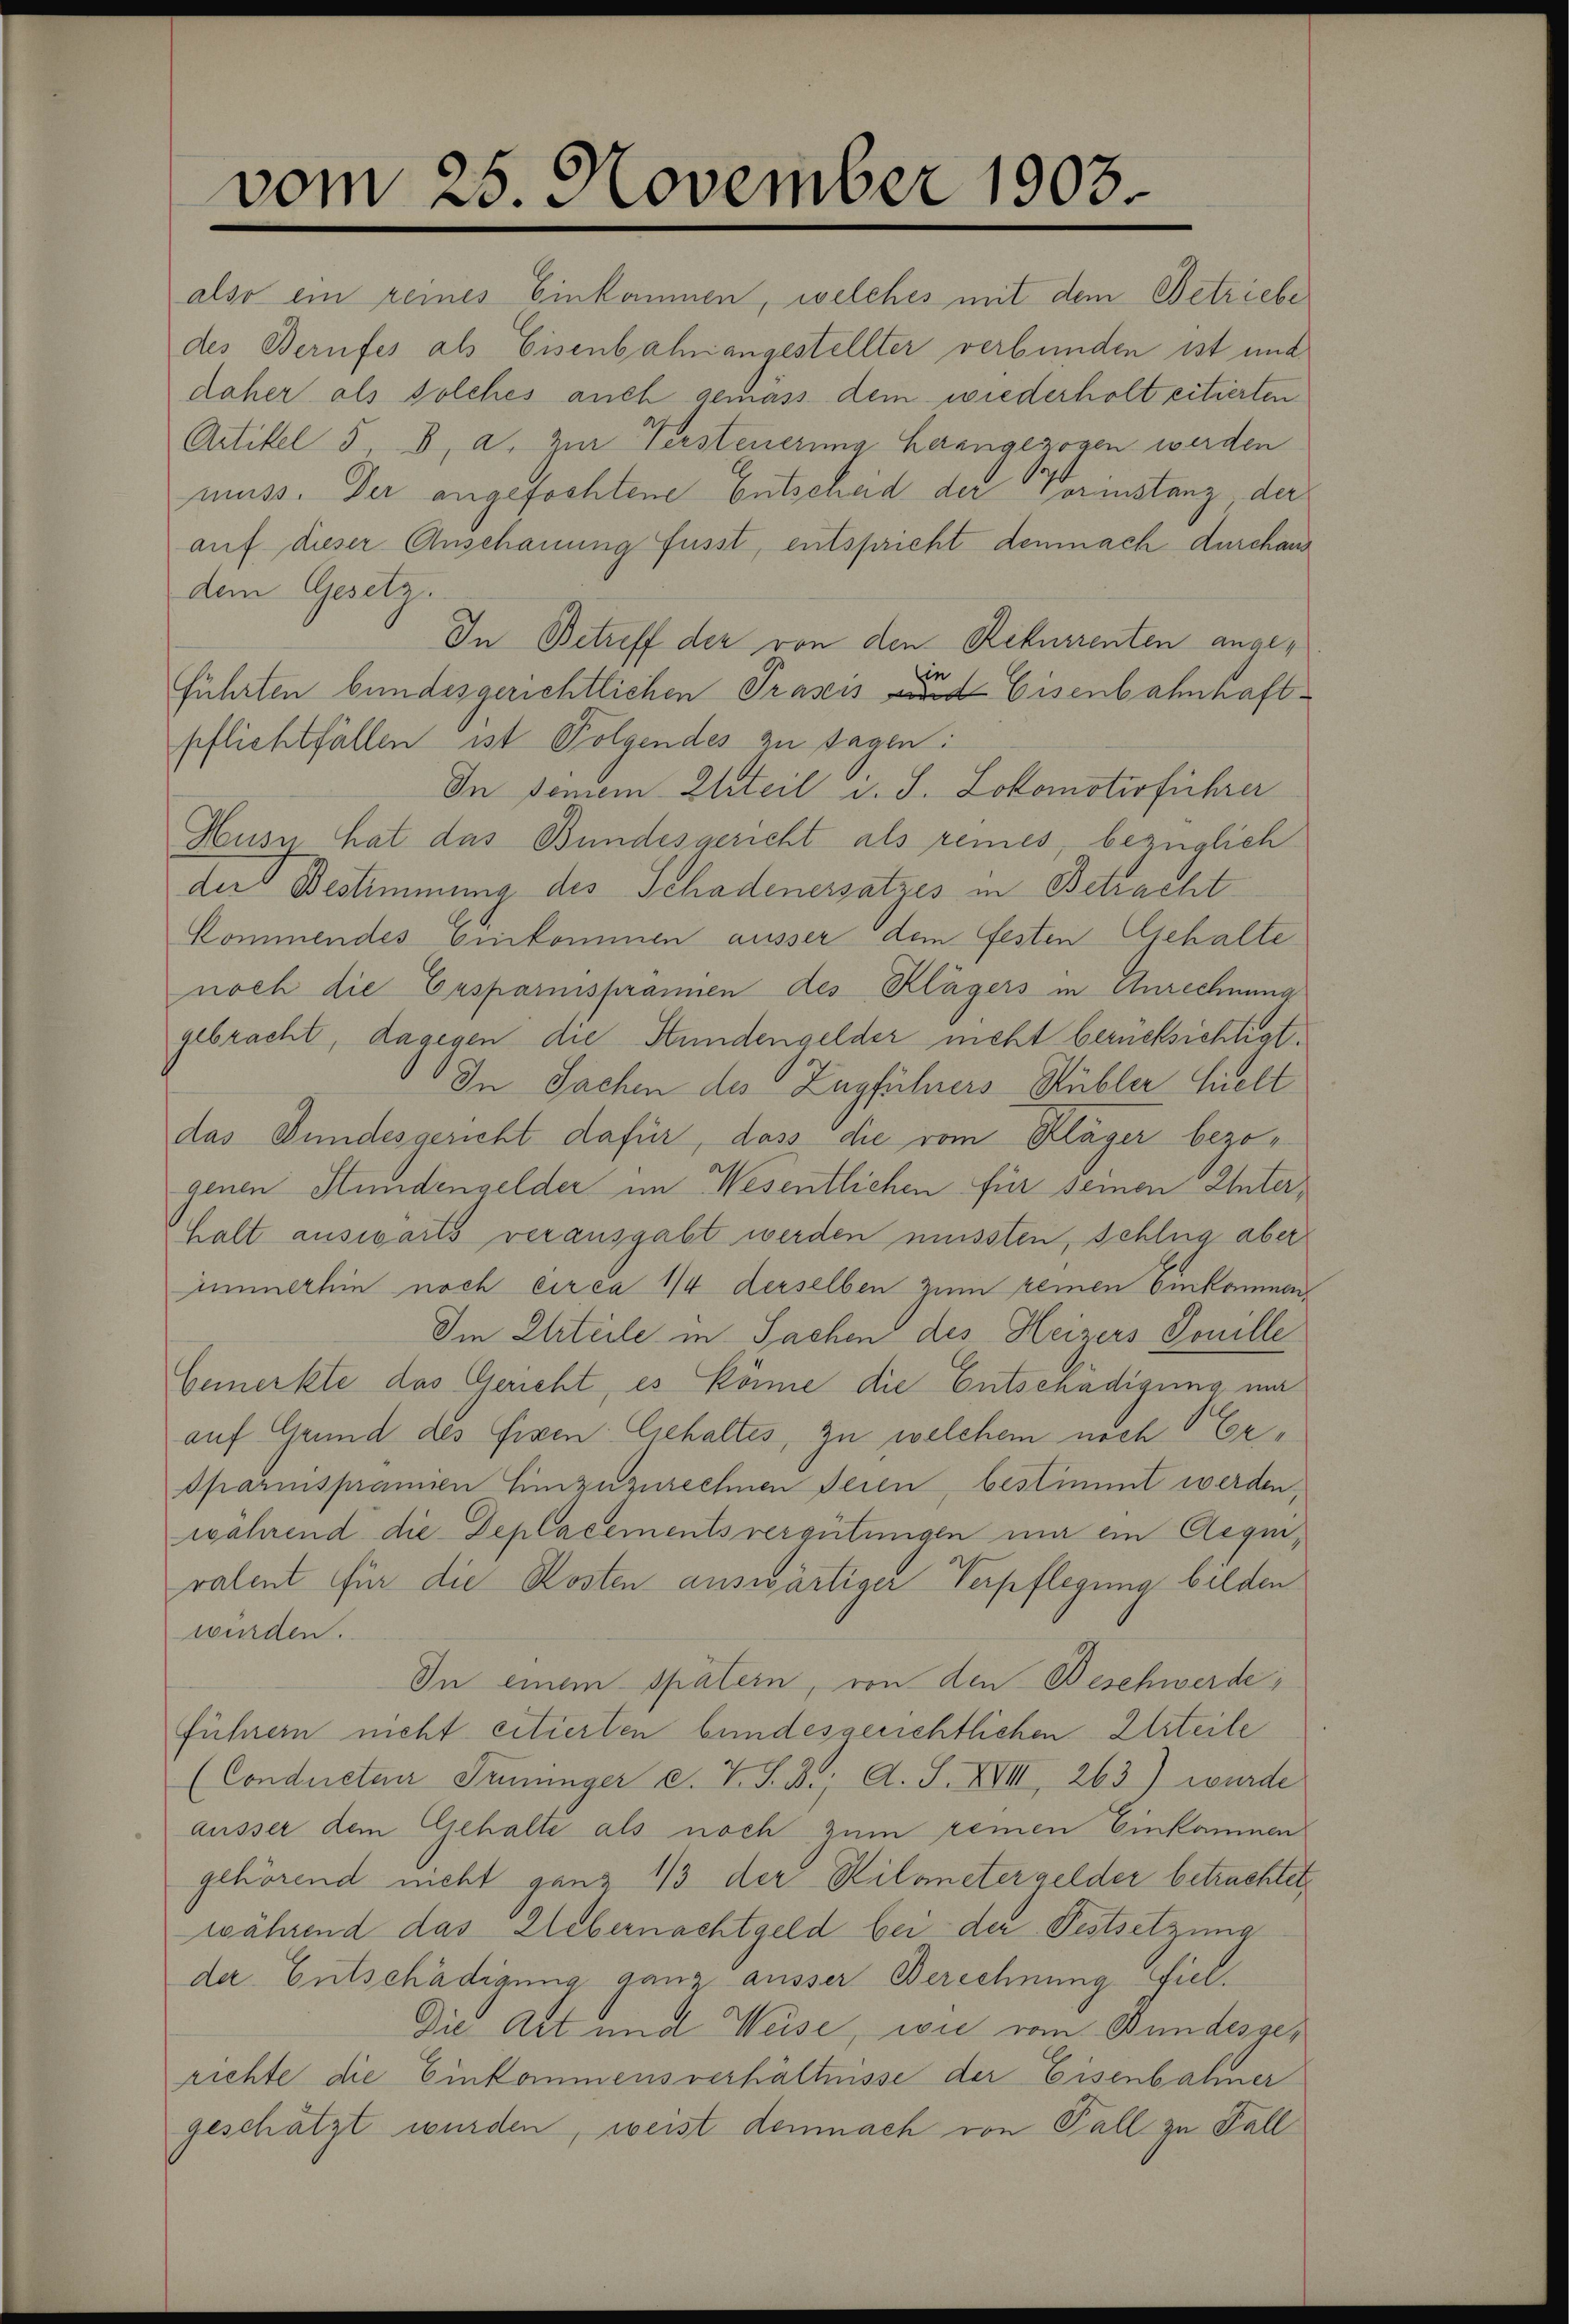
vom 25. November 1903

also ein reines Einkommen, welches mit dem Betriebe
des Berufes als Eisenbahnangestellter verbunden ist und
daher als solches auch gemäss dem wiederholt citierten
Artikel 5 8, a. zur Versteuerung herangezogen werden
muss. Der angefochtene Entscheid der Corinstanz der
auf dieser Anschauung fusst, entspricht demnach durchaus
dem Gesetz.
In Betreff der von den Rekurrenten angeführten bundesgerichtlichen Praxis und Eisenbahnhaft
pflichtfällen ist Folgendes zu sagen:
In seinem Eliteil i. S. Lokomotivführer
Husn hat das Bundesgericht als remes, bezüglich
der Bestimmung des Schadenersatzes in Betracht
Kommendes Einkommen ausser dem festen Gehalte
noch die Ersparnisprannen des Klägers in Anrechnung
gebracht, dagegen die Stundengelder nicht berücksichtigt.
In Sachen des Zugführers Rübler hielt
das Bundesgericht dafür, dass die vom Kläger bezogenen Stundengelder im Wesentlichen für seinen Unterhalt auswärts verausgabt werden müssten, schlug aber
immerhin noch circa 1/4 derselben zum keinen Einkommen
Im Erteile in Sachen des Heizers Souille
Cemerkte das Gericht, es könne die Entschädigung mir
auf Grund des Eisen Gehaltes, zu welchem noch Er¬
Sparinsprämien Einzuzurechnen Seien, bestimmt werden,
während die Deplacements vergütungen mir ein Aequiralent für die Kosten auswärtiger Verpflegung bilden
wurden.
In einem spätern, von den Beschwerde;
führern nicht citierten bundesgerichtlichen Urteile
(Conductuar Jeninger c. V. S. B., A. S. XVIII, 263) wurde
ausser dem Gehalte als noch zum remen Einkommen
gehörend nicht ganz 1/3 der Kilometergelder betrachter,
während das Webernachtgeld bei der Festsetzung
de Entschädigung ganz ausser Berechnung fiel.
Die Art und Weise, wie vom Bundesgerichte die Einkommensverhältnisse der Eisenbahner
geschätzt wurden, weist demnach von Fall zu Fall